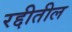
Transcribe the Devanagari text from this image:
रद्दीतील